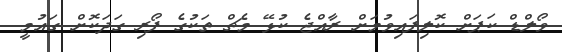
ވޯލްޑް ކަޕަށް ކޮލިފައިވުމަށް ރާއްޖެ ކުޅޭ މެޗް ތަކުގެ ފޯރި ގަދަކޮށް ގައުމީ